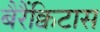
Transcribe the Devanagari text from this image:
बैरैंक्विटास